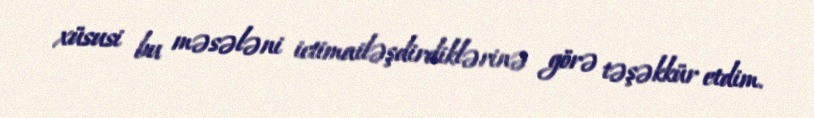
xüsusi bu məsələni ictimailəşdirdiklərinə görə təşəkkür etdim.